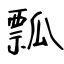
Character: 瓢